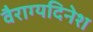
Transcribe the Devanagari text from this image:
वैराग्यदिनेश